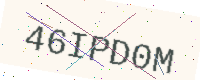
Text: 46IPD0M